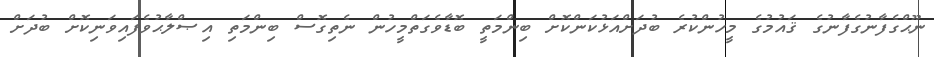
ނޫޙްގެފާނުގެފާނުގެ ޤައުމުގެ މީހުންކުރެ ބުދަށްއަޅުކަންކޮށް ބިންމަތީ ބޮޑާވެގަތްމީހުން ނެތިގޮސް ބިންމަތި އިޞްލާޙުވެފައިވަނިކޮށް ބުދަށް